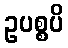
ဥပစ္စပိ